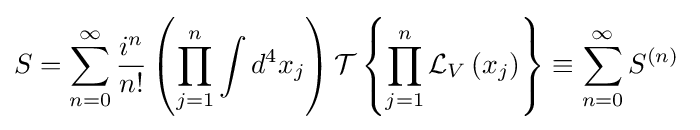
S=\sum _{n=0}^{\infty }{\frac {i^{n}}{n!}}\left(\prod _{j=1}^{n}\int d^{4}x_{j}\right){\mathcal {T}}\left\{\prod _{j=1}^{n}{\mathcal {L}}_{V}\left(x_{j}\right)\right\}\equiv \sum _{n=0}^{\infty }S^{(n)}\;